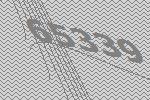
65339